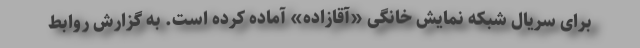
برای سریال شبکه نمایش خانگی «آقازاده» آماده کرده است. به گزارش روابط